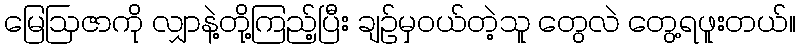
မြေဩဇာကို လျှာနဲ့တို့ကြည့်ပြီး ချဉ်မှဝယ်တဲ့သူ တွေလဲ တွေ့ရဖူးတယ်။